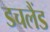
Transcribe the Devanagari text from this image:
डचलैंड